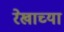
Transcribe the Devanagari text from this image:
रेखाच्या